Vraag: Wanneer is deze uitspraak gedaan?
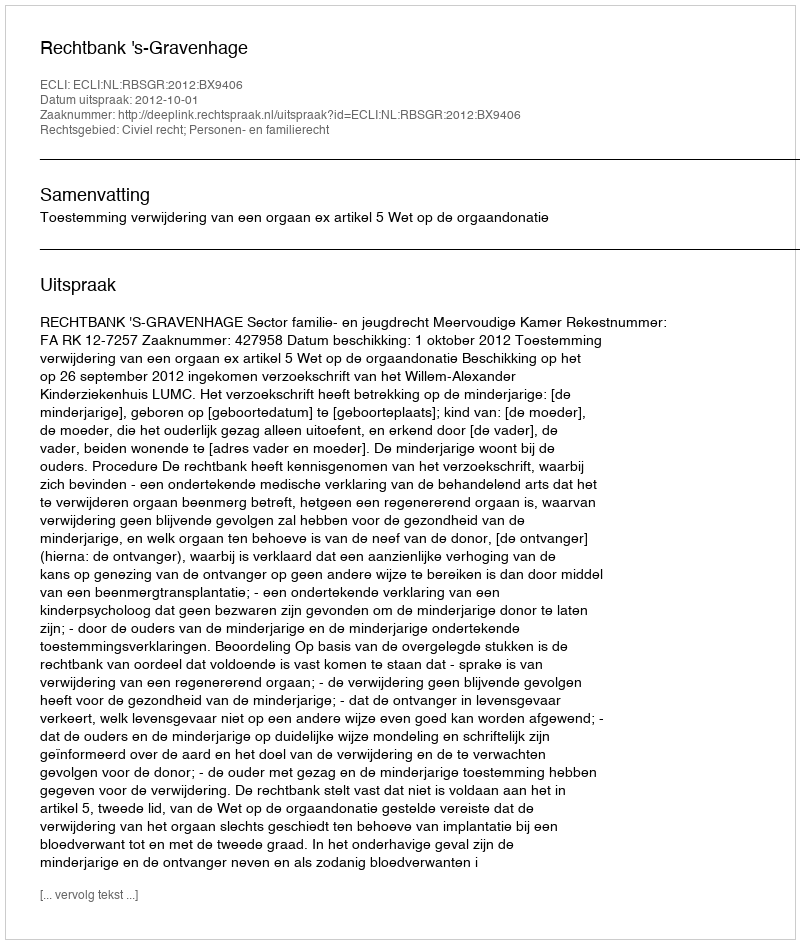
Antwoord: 2012-10-01